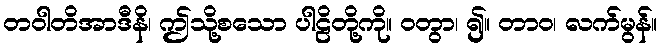
တဝါတိအာဒီနိ၊ ဤသို့စသော ပါဠိတို့ကို။ ဝတွာ၊ ၍။ တာဝ၊ လက်မွန်။